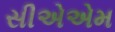
સીએએમ